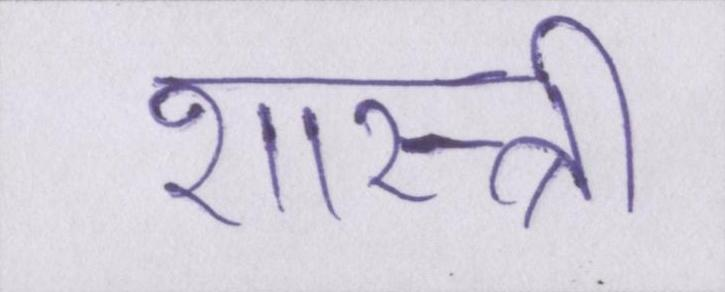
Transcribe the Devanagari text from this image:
शास्त्री